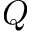
Q